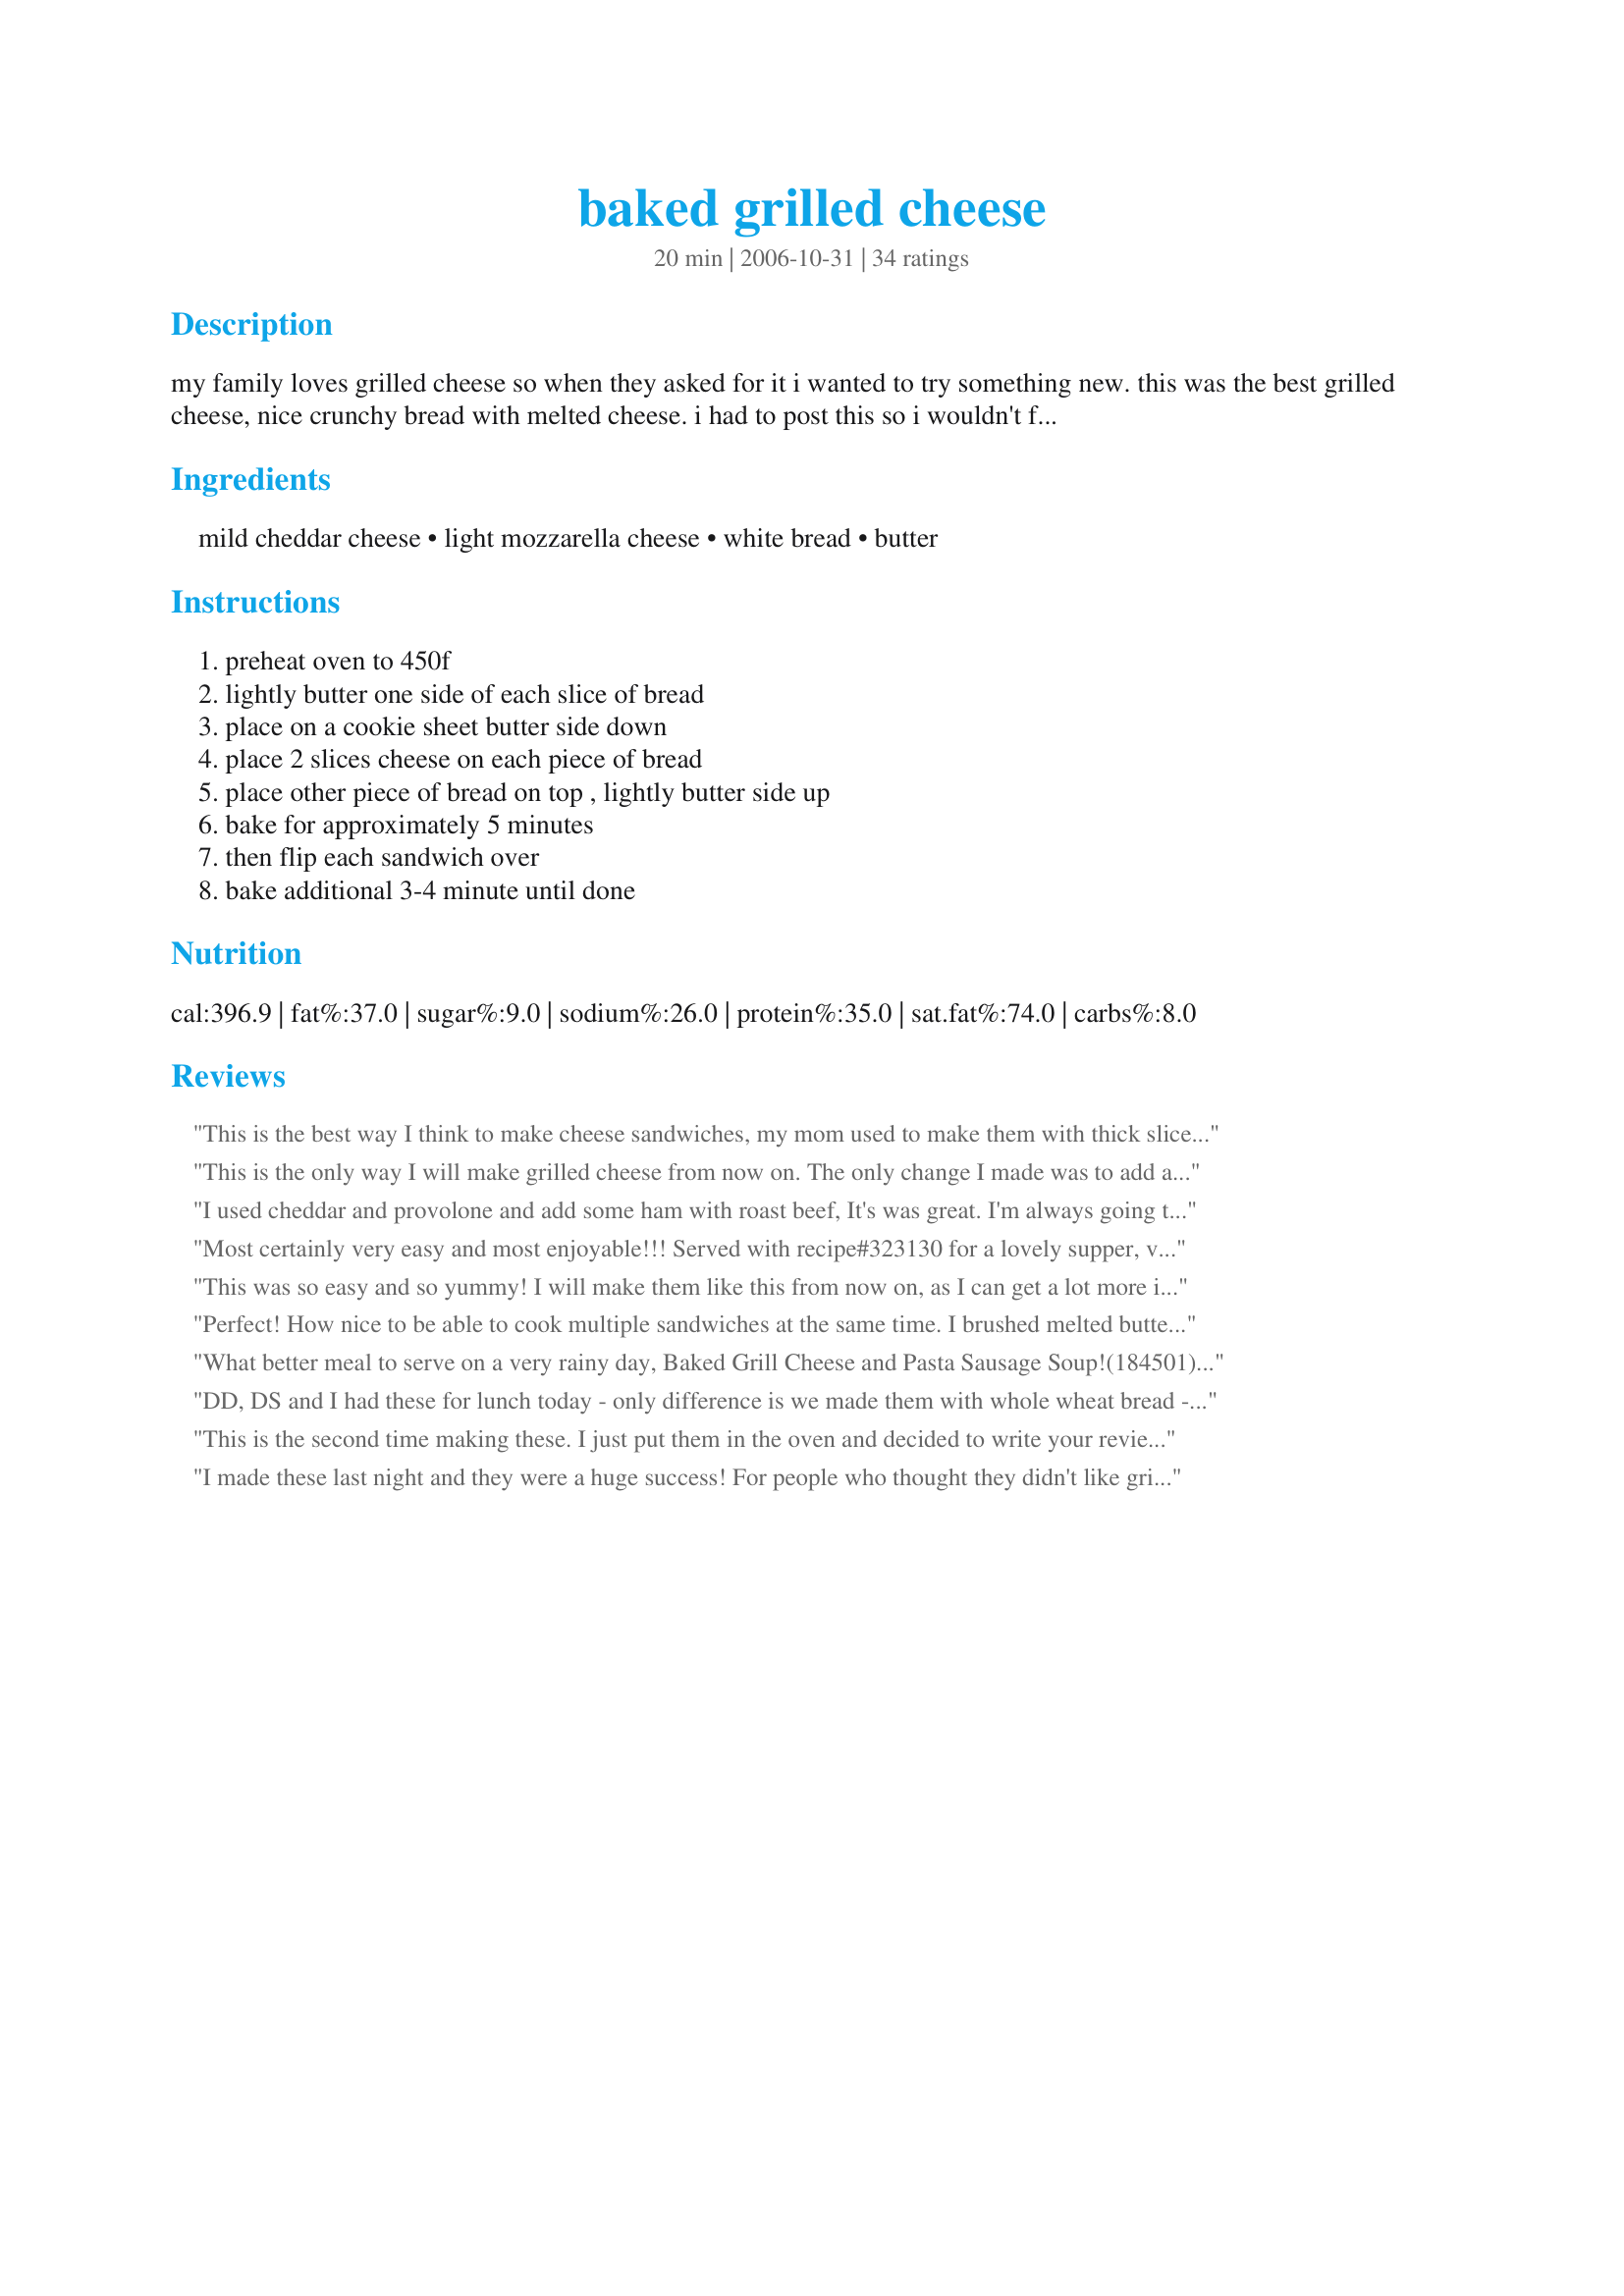
baked grilled cheese
Preparation time: 20 minutes

my family loves grilled cheese so when they asked for it i wanted to try something new. this was the best grilled cheese, nice crunchy bread with melted cheese. i had to post this so i wouldn't forget it. family loved it served with homemade milkshakes and fries. this is a great way to make a bunch at one time and the clean-up was nothing. ;)

Ingredients:
mild cheddar cheese, light mozzarella cheese, white bread, butter

Steps:
preheat oven to 450f, lightly butter one side of each slice of bread, place on a cookie sheet butter side down, place 2 slices cheese on each piece of bread, place other piece of bread on top , lightly butter side up, bake for approximately 5 minutes, then flip each sandwich over, bake additional 3-4 minute until done

Reviews:
This is the best way I think to make cheese sandwiches, my mom used to make them with thick slices of cheese so they would ooze out. Yum, gonna make another one for lunch. Thanks
This is the only way I will make grilled cheese from now on. The only change I made was to add a slice of American cheese in addition to the cheddar and mozzarella. Delicious!! Thanks for posting!
I used cheddar and provolone and add some ham with roast beef, It's was great. I'm always going to make my grilled cheese sandwiches like this now! Grpa! Thank you for a great idea !!
Most certainly very easy and most enjoyable!!! Served with recipe#323130 for a lovely supper, very more-ish! The red stuff in the photo is ketchup, I added a dollop in with the cheeses, I had also debated sweet chilli sauce, which I think would be quite yummy too! I ALSO debated (such a lot of debating!) slicing a tomato in there, but didn't, perhaps another time. Or fried onions.. yum, the possibilties are endless, lol!! I will not only do this again, but pass the recipe on to my Varsity daughters, always on the look out for easy nourishing meals!

Thanks, Chef V! made for I Recommend Tag Game
This was so easy and so yummy! I will make them like this from now on, as I can get a lot more in the oven than I can on the stove at a time. Used shredded cheddar and mozzarella since that is all I had, but it melted together wonderfully!!
Perfect! How nice to be able to cook multiple sandwiches at the same time. I brushed melted butter onto the bread slices so they wouldn't get squished. I also added tabasco sauce to mine as I love it in grilled cheese sandwiches...zing. Thanks for a keeper recipe. Made for 1-2-3 hit wonders.
What better meal to serve on a very rainy day, Baked Grill Cheese and Pasta Sausage Soup!(184501)This recipe makes the most delicious grilled cheese. I combined cheddar and mozarella and it was so good. I have also tried this for the last few weeks with Tortillas instead of bread. It comes out perfect both ways with the tortillas a bit crispy. A great method to make many sandwhichs at once. Everyone loved it. Thanks for sharing.
DD, DS and I had these for lunch today - only difference is we made them with whole wheat bread - but they were super easy and not nearly as greasy as the pan-fried version!! Thanks for a great "toasted cheese" recipe, V!!! ZWT3
This is the second time making these. I just put them in the oven and decided to write your review while their baking. I`ve had quite a day and did`nt want to do the planned chicken dinner for tonight so My husband who is a cheese lover jumped at the idea of me making these again. They were great the first time and they turn out so beautiful! When I have more time it will be fun to check out other things on your site. Thanks for a great recipe and a new method of doing them.
I made these last night and they were a huge success! For people who thought they didn't like grilled cheese, these will definitely change their mind. great idea for an old favorite.
I don't eat grilled cheese very often. It's been a few years since I have not eat this LOL This one is really good. Very easy. Thanks V :) Made for Beverage tag.
Very good and SO easy.
Great way to make grilled cheese and so easy.
We&#039;ve been making our &quot;grilled&quot; cheese sandwiches this way for a couple of years now and they come out yummy with crispy bread and gooey cheese every time. It also works quite well with gluten free breads. Thanks!!
love those, easy to make and yummy
This is definitely a 5 star sammy. DS's said baking made the bread taste better than usual. I"m sure it's because it wasn't fried and more likely to be greasy. This is the way I"ll do them from now on as I feel it's probably more healthy. Bravo V. for a different twist on the usual!!
Oh V~~ This is fantastic. I will never use a griddle again!! This made it so I could eat lunch with the family instead of having to watch a few more servings in the pan. Loved the combo of mozzarella & cheddar cheese too. On a few I added some thinly sliced ham. I did use wheat bread instead of white but that was the only difference. Perfect lunchtime recipe or quick weeknight dinner when schedules are busy! Thanks. Made based on iewe's review in the I Recommend tag game!
I love how the bread is really toasty. We used American cheese and I put tomato in, too. It went great with Beef, Bacon, and Barley soup. Thanks Chef Vseward, for posting.

Roxygirl
These sandwiches were so delicious. I served them with tomato-basil soup and salad. My company raved about them. Easy to make and I was able to serve them right from the oven.
works like a charm! i only make grilled cheeses this way now! it's faster and crispier. i actually bake at 425 degrees. i like to add a little deli turkey or ham sometimes. thanks for the keeper, v!
Made this yesterday for hubby and he loved it! I was impressed with this quick and easy cooking method, I think the sandwich was actually better than if it had been grilled! Used pumpernickel since hubby loves dark bread, otherwise didn't change a thing. Thanks Chef V! Made for Beverage Tag in the Beverage Forum, please see my rating system.
This made for a lovely family breakfast. I used a tasty cheddar cheese. Both my young daughters love it. Thank you!
Wonderful I wish I knew about this when I was feeding 5 hungry children.Thank you for posting.
I didn&#039;t have the cheeses called for in this recipe, but I used the technique, and I&#039;m impressed! The bread was perfectly crispy and the cheese was gooey and perfect. It was faster to do them this way-- all at once on a cookie sheet- than to rotate sandwiches in and out of a skillet. I think this may be my new way to make grilled cheese sandwiches!
Super yum and super easy. Perfect way to make grilled cheese sandwiches for a hungry crowd.
This was good. It tastes very good, but if you follow the ingredient list and use 16 pieces of each cheese it is just way to much. I will definitely make this again cutting the cheeses in half so that I don&#039;t waste so much of it. Thank you for a good base recipe that just needs a little tweaking. I made this alongside Recipe #17987 for a well rounded meal.
Made these a few months ago and have been meaning to review. I love being able to make multiple sandwiches at once...so quick and easy! Thank you for posting. I'll be making grilled cheese this way from now on!
Easy way to make multiple sandwiches in a flash. Used medium cheddar and loved the combination with mozzarella! Also whole wheat bread. The whole family loved them. Thanks for sharing the recipe!
Hands down THE BEST way to make grilled cheese for a big group. The fam absolutely loved them. They turned out perfect. I will never make grilled cheese “the old way” ever again.
What a great idea! It works great, and is so easy!! Thank you!
LOVED it! I just had a baby a week ago, and this was the perfect easy meal to make for my family wich consists of Me, my husband, my brother, and 5 children. (well, one kid had formula for dinner). I made all the sandwiches at once, and spent very little time in the kitchen. The tase was great! I will definitly make these again. Thanks!
Perfect! I used two slices of American cheese and it was great. Made the bread really crispy and not so greasy tasting. Thanks!!
Wow. How easy can it get? I love grilled cheese sandwiches, and this is the best one I've ever had. (Hubby agreed) The baking makes it less greasy than a regular grilled cheese, but it's still crispy and delicious! I didn't have mozzarella, so I used cheddar and provolone. It was great. I'm always going to make my grilled cheese sandwiches like this now!
My family had these grilled cheese sandwiches tonight for dinner with potato salad. It got a 5-star rating all around the table, awesome!! I will continue to use this method of preparing these sandwiches. The only change I made was to use Velveeta cheese rather than sliced cheddar because that's what we prefer and it's just ooey, gooey good! Thanks Chef Vseward for a great new idea in the preparation of an old favorite. I would recommend this to everybody who loves grilled cheese. As a side note, these are less greasy than the traditional method of buttering both side of the bread which, in my and my families opinion, is a big plus.
